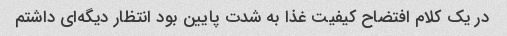
در یک کلام افتضاح کیفیت غذا به شدت پایین بود انتظار دیگه‌ای داشتم